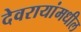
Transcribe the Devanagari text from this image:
देवरायांमधील